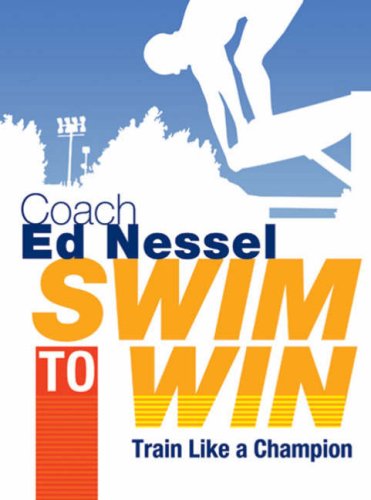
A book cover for Swim to Win: Train Like a Champion; Ed Nessel; Health, Fitness & Dieting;